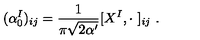
( \alpha _ { 0 } ^ { I } ) _ { i j } = \frac { 1 } { \pi \sqrt { 2 \alpha ^ { \prime } } } [ X ^ { I } , \cdot \ ] _ { i j } \ .